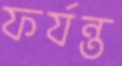
ফর্যন্ত